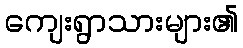
ကျေးရွာသားများ၏